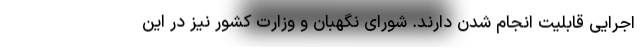
اجرایی قابلیت انجام شدن دارند. شورای نگهبان و وزارت کشور نیز در این